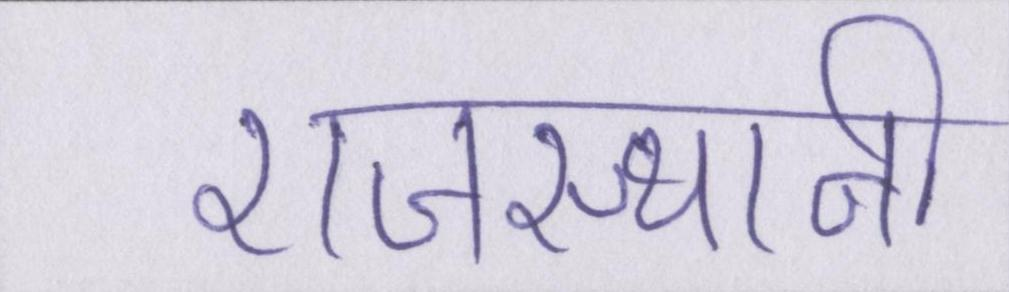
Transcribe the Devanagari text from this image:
राजस्थानी